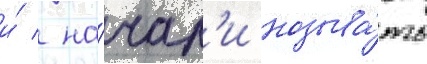
и́ / на́чал'и называ́ть